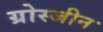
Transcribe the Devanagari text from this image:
ग्रोस्जीन